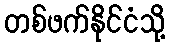
တစ်ဖက်နိုင်ငံသို့